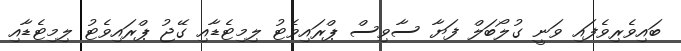
ބައިވެރިވެފައި ވަނީ ގުލޯބަލް ފަޔާ ސާވިސް ޕްރައިވެޓު ލިމިޓެޑާއި ގޭޖު ޕްރައިވެޓު ލިމިޓެޑާއި